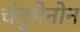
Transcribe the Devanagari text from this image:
चंतुमेनोन